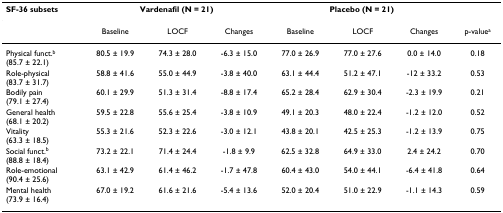
| SF-36 subsets | <COLSPAN=3> Vardenafil (N = 21) | <COLSPAN=3> Placebo (N = 21) |  |
 | --- | --- | --- | --- | --- | --- | --- | --- |
 |  | Baseline | LOCF | Changes | Baseline | LOCF | Changes | p-valuea |
 | Physical funct.b(85.7 ± 22.1) | 80.5 ± 19.9 | 74.3 ± 28.0 | -6.3 ± 15.0 | 77.0 ± 26.9 | 77.0 ± 27.6 | 0.0 ± 14.0 | 0.18 |
 | Role-physical(83.7 ± 31.7) | 58.8 ± 41.6 | 55.0 ± 44.9 | -3.8 ± 40.0 | 63.1 ± 44.4 | 51.2 ± 47.1 | -12 ± 33.2 | 0.53 |
 | Bodily pain(79.1 ± 27.4) | 60.1 ± 29.9 | 51.3 ± 31.4 | -8.8 ± 17.4 | 65.2 ± 28.4 | 62.9 ± 30.4 | -2.3 ± 19.9 | 0.21 |
 | General health(68.1 ± 20.2) | 59.5 ± 22.8 | 55.6 ± 25.4 | -3.8 ± 10.9 | 49.1 ± 20.3 | 48.0 ± 22.4 | -1.2 ± 12.0 | 0.52 |
 | Vitality(63.3 ± 18.5) | 55.3 ± 21.6 | 52.3 ± 22.6 | -3.0 ± 12.1 | 43.8 ± 20.1 | 42.5 ± 25.3 | -1.2 ± 13.9 | 0.75 |
 | Social funct.b(88.8 ± 18.4) | 73.2 ± 22.1 | 71.4 ± 24.4 | -1.8 ± 9.9 | 62.5 ± 32.8 | 64.9 ± 33.0 | 2.4 ± 24.2 | 0.70 |
 | Role-emotional(90.4 ± 25.6) | 63.1 ± 42.9 | 61.4 ± 46.2 | -1.7 ± 47.8 | 60.4 ± 43.0 | 54.0 ± 44.1 | -6.4 ± 41.8 | 0.64 |
 | Mental health(73.9 ± 16.4) | 67.0 ± 19.2 | 61.6 ± 21.6 | -5.4 ± 13.6 | 52.0 ± 20.4 | 51.0 ± 22.9 | -1.1 ± 14.3 | 0.59 |